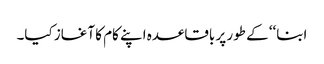
ابنا‘‘ کے طور پر باقاعدہ اپنے کام کا آغاز کیا۔